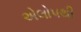
એલોપથી